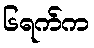
၆ရက်က